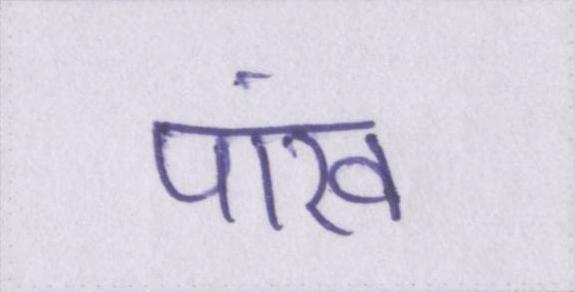
पांख